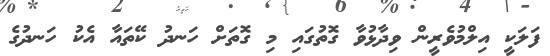
ފަލަކީ އިލްމުވެރީން ވިދާޅުވާ ގޮތުގައި މި ގޮތަށް ހަނދު ކޭތައާ އެކު ހަނދުގެ